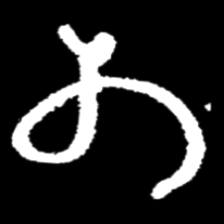
Pyu character \u2014 Myanmar letter: တ (romanized: ta)